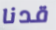
قدنا